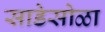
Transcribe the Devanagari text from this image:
साडेसोळा